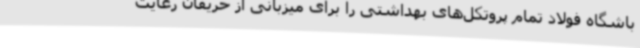
باشگاه فولاد تمام پروتکل‌های بهداشتی را برای میزبانی از حریفان رعایت